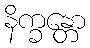
နိက္ခန္တော